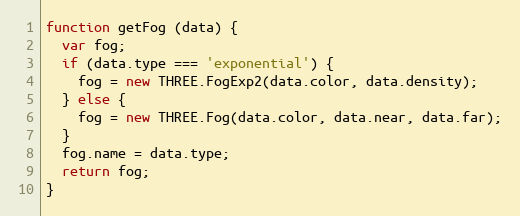
Language: JavaScript
function getFog (data) {
  var fog;
  if (data.type === 'exponential') {
    fog = new THREE.FogExp2(data.color, data.density);
  } else {
    fog = new THREE.Fog(data.color, data.near, data.far);
  }
  fog.name = data.type;
  return fog;
}